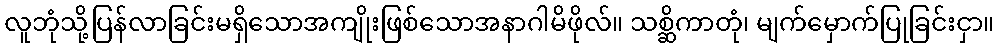
လူဘုံသို့ပြန်လာခြင်းမရှိသောအကျိုးဖြစ်သောအနာဂါမိဖိုလ်။ သစ္ဆိကာတုံ၊ မျက်မှောက်ပြုခြင်းငှာ။